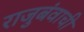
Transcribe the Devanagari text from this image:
राजुबंवाची